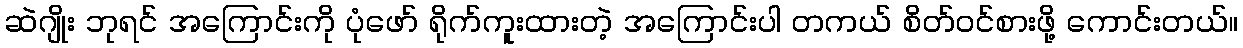
ဆဲဂျိုး ဘုရင် အကြောင်းကို ပုံဖော် ရိုက်ကူးထားတဲ့ အကြောင်းပါ တကယ် စိတ်ဝင်စားဖို့ ကောင်းတယ်။